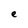
Character: e